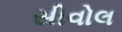
સીવોલ